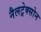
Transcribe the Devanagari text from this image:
नैलट्रेक्सोन